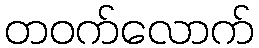
တဝက်လောက်